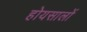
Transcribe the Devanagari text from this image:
होयसालों